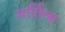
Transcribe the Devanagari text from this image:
मार्तिन्स